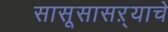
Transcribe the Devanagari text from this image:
सासूसासऱ्याचे